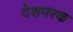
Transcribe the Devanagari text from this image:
देशपरक